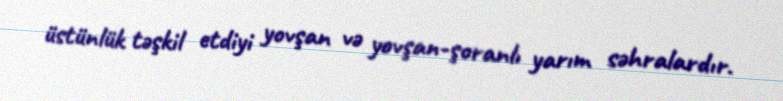
üstünlük təşkil etdiyi yovşan və yovşan-şoranlı yarım səhralardır.